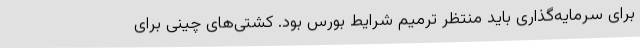
برای سرمایه‌گذاری باید منتظر ترمیم شرایط بورس بود. کشتی‌های چینی برای